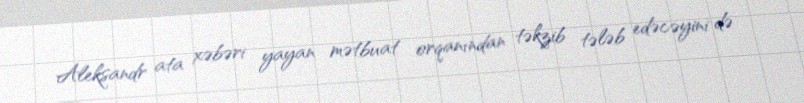
Aleksandr ata xəbəri yayan mətbuat orqanından təkzib tələb edəcəyini də